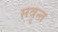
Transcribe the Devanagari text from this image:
सवृन्त